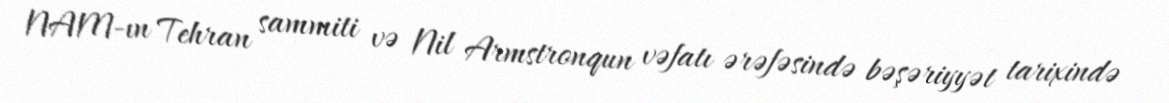
NAM-ın Tehran sammiti və Nil Armstronqun vəfatı ərəfəsində bəşəriyyət tarixində